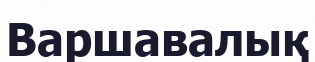
Варшавалық